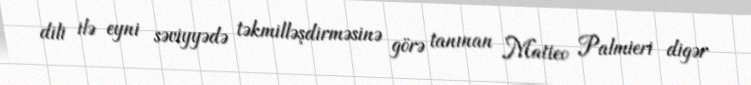
dili ilə eyni səviyyədə təkmilləşdirməsinə görə tanınan Matteo Palmieri digər